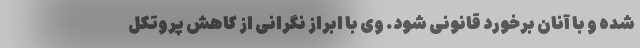
شده و با آنان برخورد قانونی شود. وی با ابراز نگرانی از کاهش پروتکل